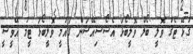
ގުޅޭ ޓެގު ވޮލީ ބޯލް ވޮލީބޯޅަ އެސޯސިއޭޝަން ގައުމީ ވޮލީބޯޅަ ޓީމު އޭވީސީ